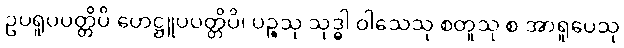
ဥပရူပပတ္တိပိ ဟေဋ္ဌူပပတ္တိပိ၊ ပဉ္စသု သုဒ္ဓါ ဝါသေသု စတူသု စ အာရူပေသု